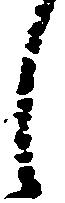
候